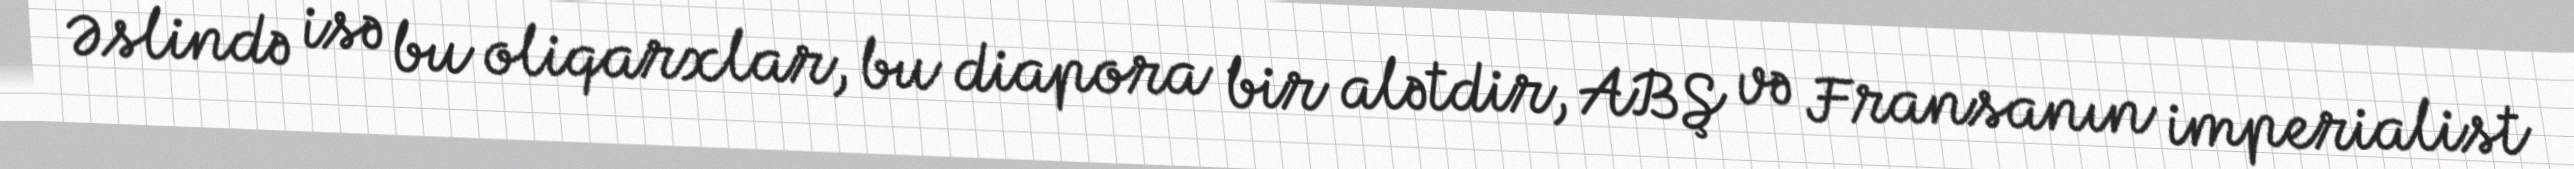
Əslində isə bu oliqarxlar, bu diapora bir alətdir, ABŞ və Fransanın imperialist